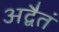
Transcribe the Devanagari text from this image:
अद्वैतं